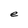
Character: e